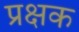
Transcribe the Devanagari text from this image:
प्रक्षक